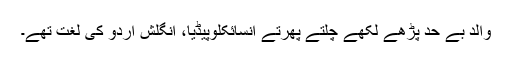
والد بے حد پڑھے لکھے چلتے پھرتے انسائکلوپیڈیا، انگلش اردو کی لغت تھے۔